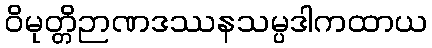
ဝိမုတ္တိဉာဏဒဿနသမ္ပဒါကထာယ